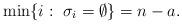
LaTeX: \begin{align*}\min \{ i :\ \sigma_i=\emptyset \} = n-a. \end{align*}